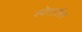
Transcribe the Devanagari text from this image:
श्वेतहस्ति